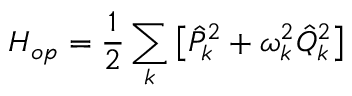
H _ { o p } = \frac { 1 } { 2 } \sum _ { k } \left[ \hat { P } _ { k } ^ { 2 } + \omega _ { k } ^ { 2 } \hat { Q } _ { k } ^ { 2 } \right]